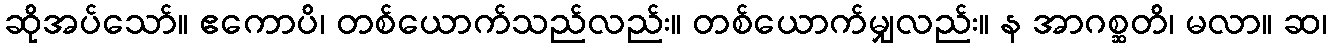
ဆိုအပ်သော်။ ဧကောပိ၊ တစ်ယောက်သည်လည်း။ တစ်ယောက်မျှလည်း။ န အာဂစ္ဆတိ၊ မလာ။ ဆ၊